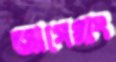
আগেমাং